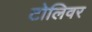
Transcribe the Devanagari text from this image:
टोलिवर